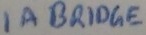
Text: 1A BRIDGE